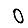
Digit: 0